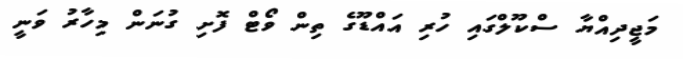
މަޖީދިއްޔާ ސްކޫލްގައި ހުރި އައްޑޫގެ ތިން ވޯޓް ފޮށި ގުނަން މިހާރު ވަނީ